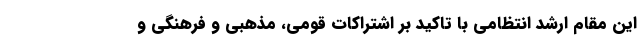
این مقام ارشد انتظامی با تاکید بر اشتراکات قومی، مذهبی و فرهنگی و